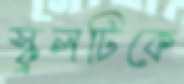
স্কুলটিকে